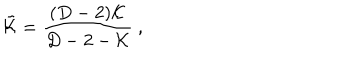
\tilde { { \cal K } } = \frac { ( D - 2 ) { \cal K } } { D - 2 - { \cal K } } \ ,